Indian journal of veterinary science and animal husbandry - Volumes 24-25, 1954-1955
Year: 1954
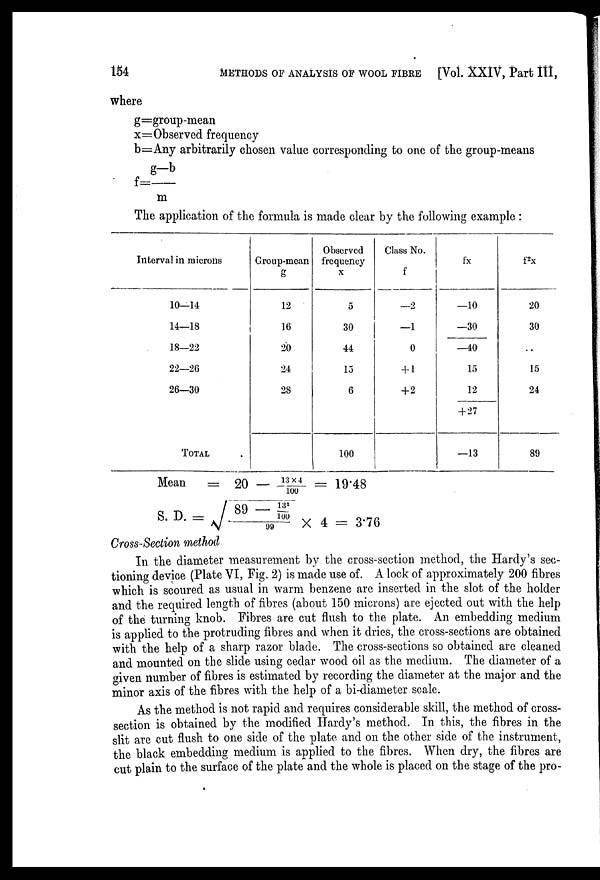
154
METHODS OF ANALYSIS OF WOOL FIBRE [Vol. XXIV, Part III,
where
g=group-mean
x=Observed frequency
b=Any arbitrarily chosen value corresponding to one of the group-means
f =g—b/ m
The application of the formula is made clear by the following example :
Interval in microns
10—14
14—18
18—22
22—26
26—30
TOTAL
Group-mean
g
12
16
20
24
28
Observed
frequency
x
5
30
44
15
6
100
Class No.
f
—2
—1
0
+ 1
+ 2
fx
—10
—30
—40
15
12
+ 27
—13
f 2 x
20
30
..
15
24
89
Mean
= 20 — 13 x 4/100 = 19.48
S. D. = √89 — 13 2 /100 X 4 = 3. 76
Cross-Section method
In the diameter measurement by the cross-section method, the Hardy's sec
tioning device (Plate VI, Fig. 2) is made use of. A lock of approximately 200 fibres
which is scoured as usual in warm benzene are inserted in the slot of the holder
and the required length of fibres (about 150 microns) are ejected out with the help
of the turning knob. Fibres are cut flush to the plate. An embedding medium
is applied to the protruding fibres and when it dries, the cross-sections are obtained
with the help of a sharp razor blade. The cross-sections so obtained are cleaned
and mounted on the slide using cedar wood oil as the medium. The diameter of a
given number of fibres is estimated by recording the diameter at the major and the
minor axis of the fibres with the help of a bi-diameter scale.
As the method is not rapid and requires considerable skill, the method of cross-
section is obtained by the modified Hardy's method. In this, the fibres in the
slit are cut flush to one side of the plate and on the other side of the instrument,
the black embedding medium is applied to the fibres. When dry, the fibres are
cut plain to the surface of the plate and the whole is placed on the stage of the pro-